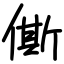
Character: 㒋